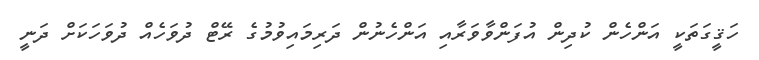
ހަޤީގަތަކީ އަންހެން ކުދިން އުފަންވާވަރާއި އަންހެނުން ދަރިމައިވުމުގެ ރޭޓް ދުވަހެއް ދުވަހަކަށް ދަނީ